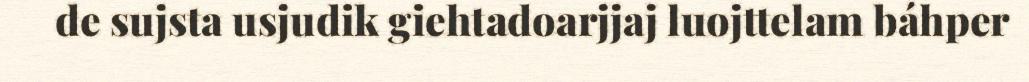
de sujsta usjudik giehtadoarjjaj luojttelam báhper